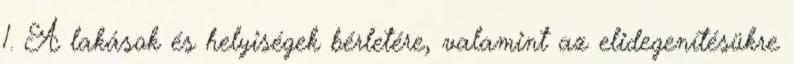
1. A lakások és helyiségek bérletére, valamint az elidegenítésükre